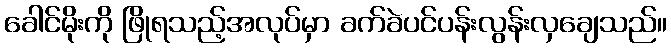
ခေါင်မိုးကို ဖြိုရသည့်အလုပ်မှာ ခက်ခဲပင်ပန်းလွန်းလှချေသည်။